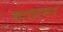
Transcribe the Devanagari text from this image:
वातावर